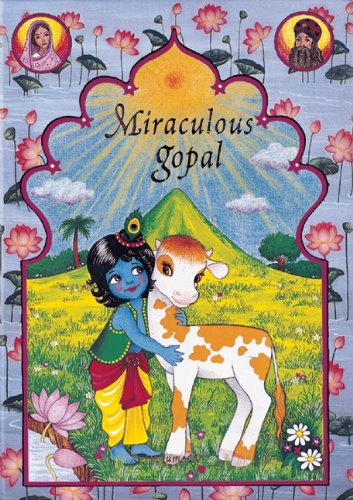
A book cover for Miraculous Gopal; Sita Gilbakian; Children's Books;